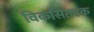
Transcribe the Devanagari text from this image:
विकसितएक